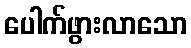
ပေါက်ဖွားလာသော